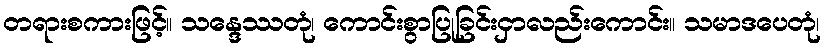
တရားစကားဖြင့်။ သန္ဒေဿတုံ၊ ကောင်းစွာပြုခြင်းငှာလည်းကောင်း။ သမာဒပေတုံ၊